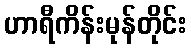
ဟာရီကိန်းမုန်တိုင်း